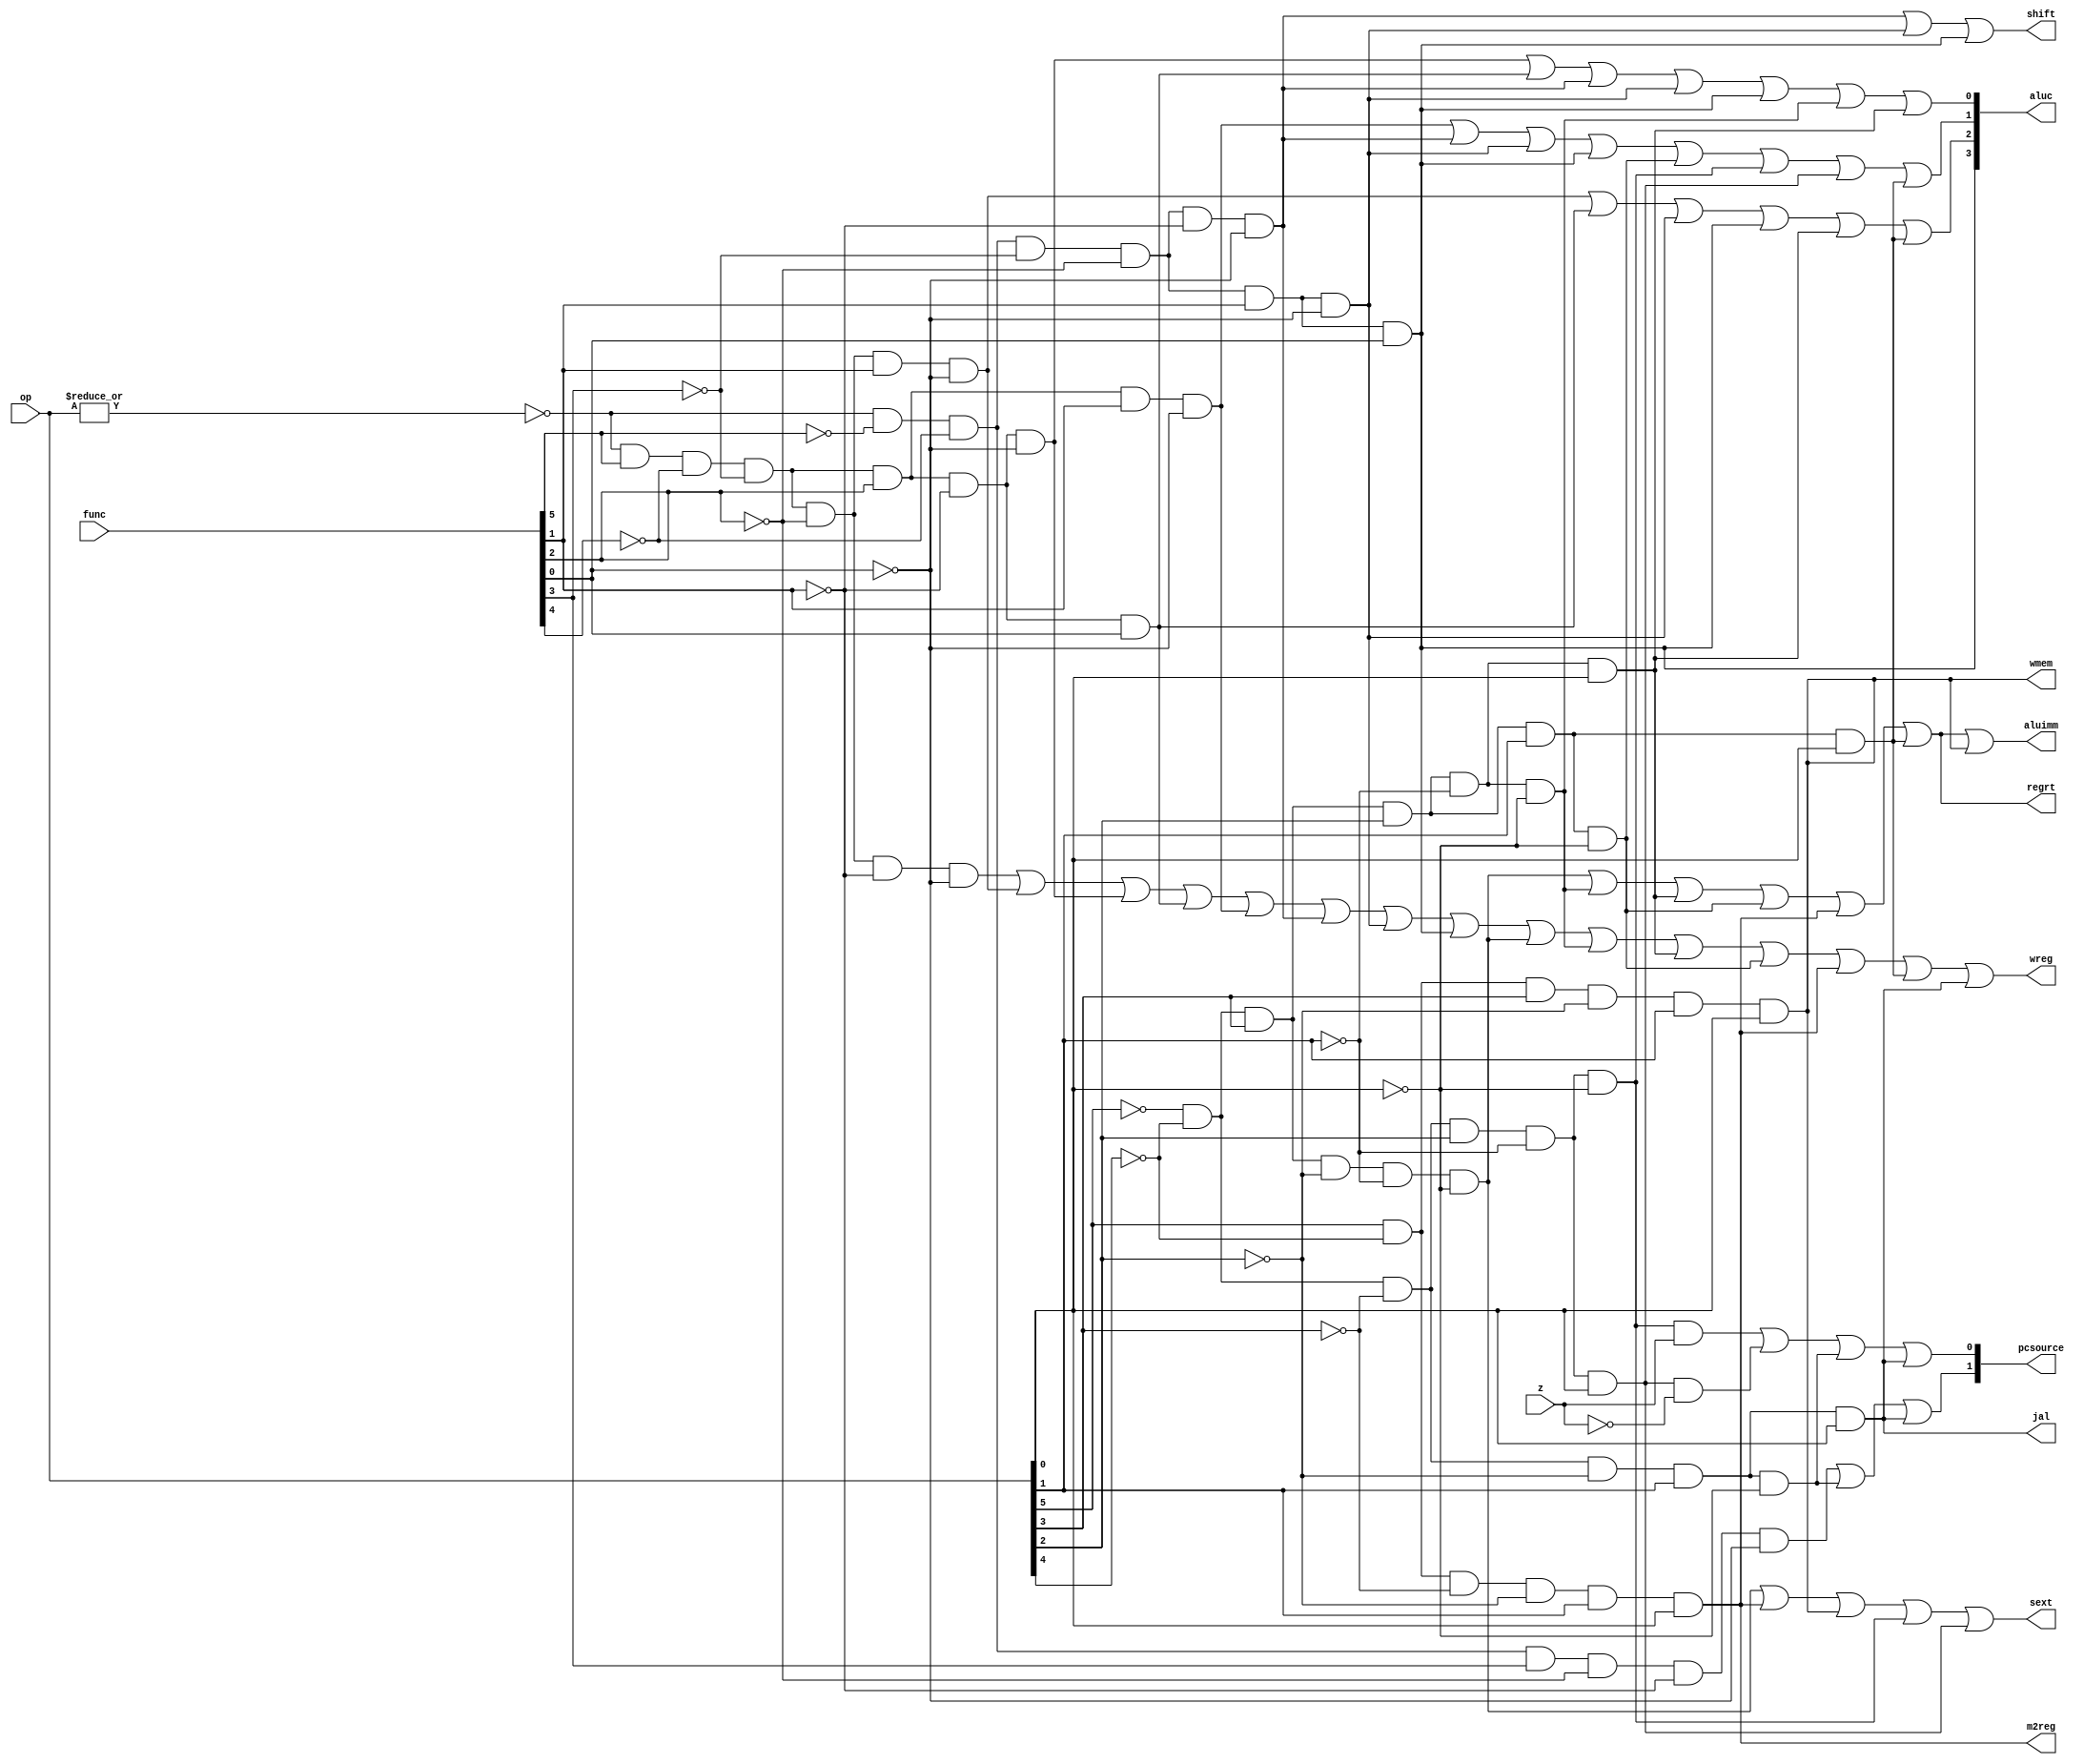
module sccu_dataflow(
					op,
					func,
					z,
					wmem,
					wreg,
					regrt,
					m2reg,
					aluc,
					shift,
					aluimm,
					pcsource,
					jal,
					sext);
	input [5:0] op,func;
	input z;
	output wreg,regrt,jal,m2reg,shift,aluimm,sext,wmem;
	output [3:0] aluc;
	output [1:0] pcsource;
	
	
	wire r_type = ~|op; // only op is 0000,then r_type=1,it's meaningful
	wire i_add =r_type& func[5]&~func[4]&~func[3]&~func[2]&~func[1]&~func[0];
	wire i_sub =r_type& func[5]&~func[4]&~func[3]&~func[2]& func[1]&~func[0];
	wire i_and =r_type& func[5]&~func[4]&~func[3]& func[2]&~func[1]&~func[0];
	wire i_or  =r_type& func[5]&~func[4]&~func[3]& func[2]&~func[1]& func[0];					
	wire i_xor =r_type& func[5]&~func[4]&~func[3]& func[2]& func[1]&~func[0];
	wire i_sll =r_type&~func[5]&~func[4]&~func[3]&~func[2]&~func[1]&~func[0];
	wire i_srl =r_type&~func[5]&~func[4]&~func[3]&~func[2]& func[1]&~func[0];
	wire i_sra =r_type&~func[5]&~func[4]&~func[3]&~func[2]& func[1]& func[0];
	wire i_jr  =r_type&~func[5]&~func[4]& func[3]&~func[2]&~func[1]&~func[0];
	wire i_addi=~op[5]&~op[4]& op[3]&~op[2]&~op[1]&~op[0];
	wire i_andi=~op[5]&~op[4]& op[3]& op[2]&~op[1]&~op[0];
	wire i_ori =~op[5]&~op[4]& op[3]& op[2]&~op[1]& op[0];
	wire i_xori=~op[5]&~op[4]& op[3]& op[2]& op[1]&~op[0];
	wire i_lw  = op[5]&~op[4]&~op[3]&~op[2]& op[1]& op[0];
	wire i_sw  = op[5]&~op[4]& op[3]&~op[2]& op[1]& op[0];
	wire i_beq =~op[5]&~op[4]&~op[3]& op[2]&~op[1]&~op[0];
	wire i_bne =~op[5]&~op[4]&~op[3]& op[2]&~op[1]& op[0];
	wire i_lui =~op[5]&~op[4]& op[3]& op[2]& op[1]& op[0];
	wire i_j   =~op[5]&~op[4]&~op[3]&~op[2]& op[1]&~op[0];
	wire i_jal =~op[5]&~op[4]&~op[3]&~op[2]& op[1]& op[0];
	
	assign wreg =i_add|i_sub|i_and|i_or|i_xor|i_sll|i_srl|i_sra|
				 i_addi|i_andi|i_ori|i_xori|i_lw|i_lui|i_jal;
	assign regrt= i_addi|i_andi|i_ori|i_xori|i_lw|i_lui;
	assign jal  = i_jal;
	assign m2reg=i_lw;
	assign shift=i_sll|i_srl|i_sra;
	assign aluimm = i_addi|i_andi|i_ori|i_xori|i_lw|i_lui|i_sw;
	assign sext =i_addi|i_lw|i_sw|i_beq|i_bne;
	assign aluc[3]= i_sra;
	assign aluc[2]= i_sub|i_or|i_srl|i_sra|i_ori|i_lui;
	assign aluc[1]= i_xor|i_sll|i_srl|i_sra|i_xori|i_beq|i_bne|i_lui;
	assign aluc[0]= i_and|i_or|i_sll|i_srl|i_sra|i_andi|i_ori;
	
	assign wmem = i_sw;
	assign pcsource[1]=i_jr|i_j|i_jal;
	assign pcsource[0]=i_beq&z|i_bne&~z|i_j|i_jal;
	
endmodule